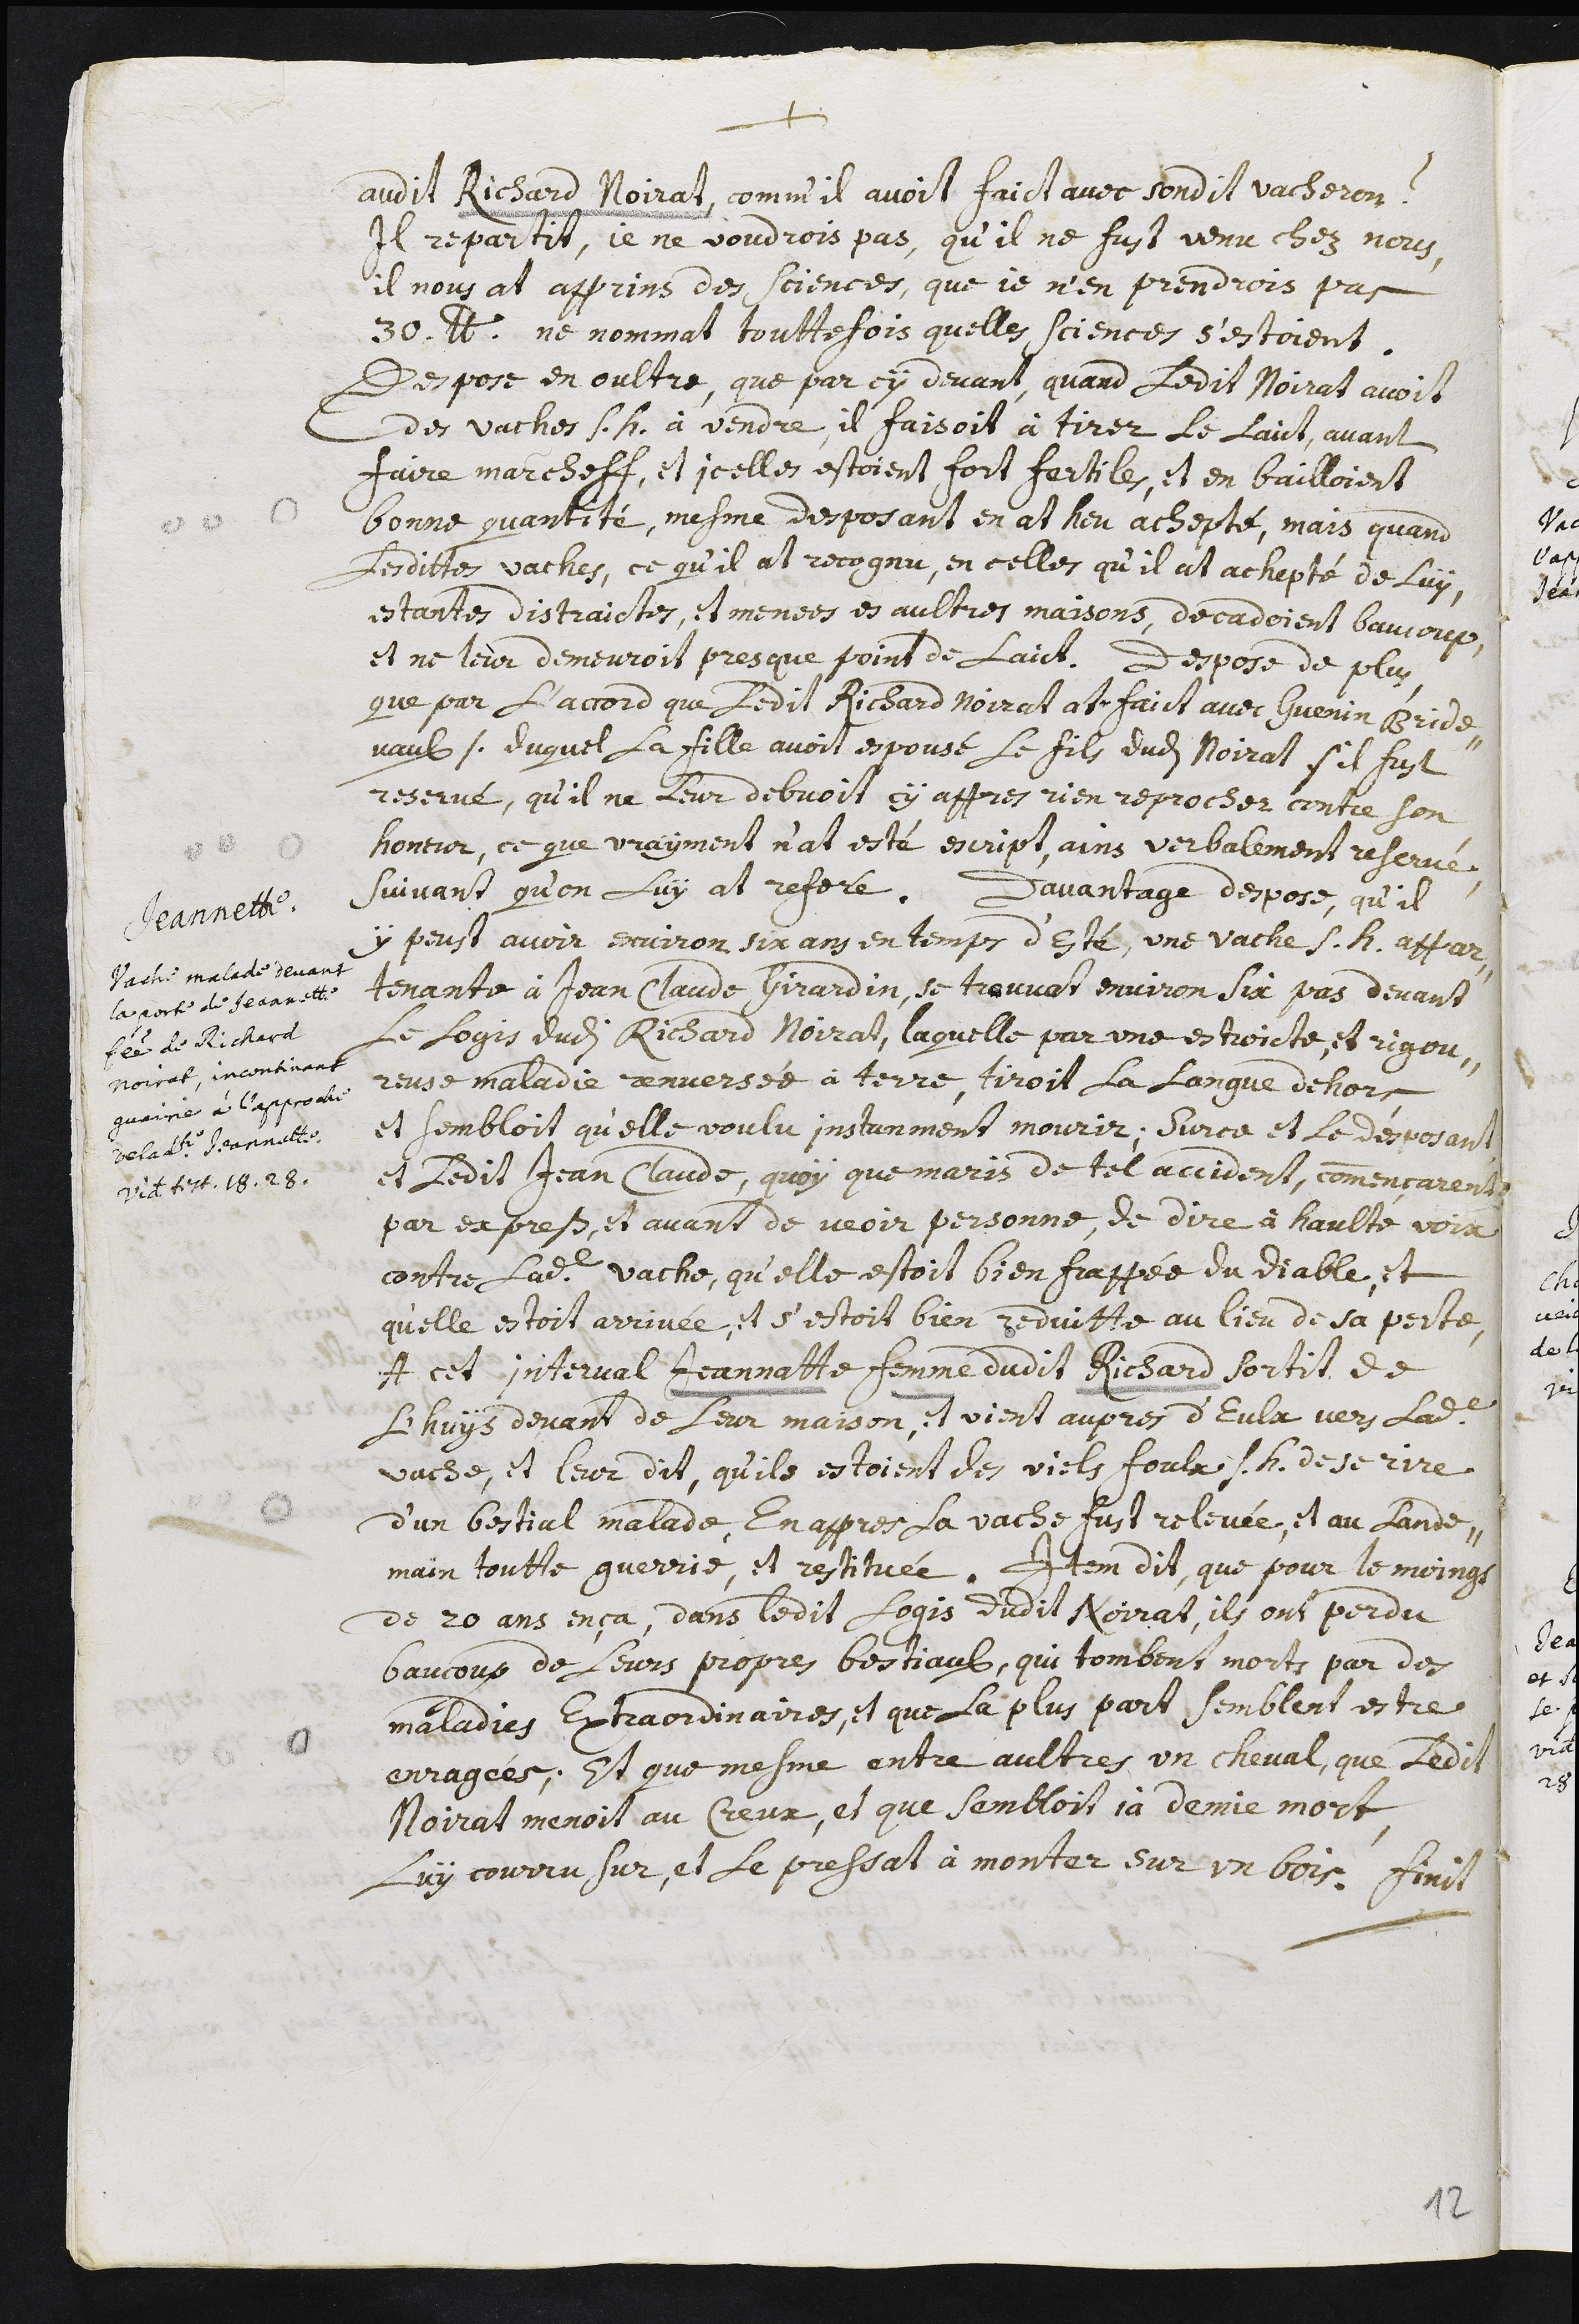
+
audit Richard Noirat, comm’il avoit faict avec sondit vacheron ?
il repartit, je ne voudrois pas, qu’il ne fust venu chez nous,
il nous at apprins des sciences, que je n’en prendrois pas
30 livres. ne nommat touttefois quelles sciences s’estoient.
Despose en oultre, que par cy devant, quand ledit Noirat avoit
des vaches s.h. à vendre, il faisoit à tirer le laict, avant
faire marcheff, et icelles estoient fort fertiles, et en bailloient
bonne quantité, mesme desposant en at heu achepté, mais quand
lesdittes vaches, ce qu’il at recognu, en celles qu’il at achepté de luy,
estantes distraictes, et menées es aultres maisons, decadoient beaucoup
et ne leur demeuroit presque point de laict. Despose de plus,
que par l’accord que ledit Richard Noirat at faict avec Guenin Bride-
vaulx /. duquel la fille avoit espousé le fils dudi Noirat ./ il fust
reservé, qu’il ne leur debvoit cy appres rien reprocher contre son
honeur, ce que vrayment n’at esté escript, ains verbalement reservé,
suivant qu’on luy at referé.
Jeannette
Vache malade devant
la porte de Jeannette
femme de Richard
Noirat, incontinant
gueirie à l’approche
de ladite Jeannette
Videte testimonia 18.28.
Davantage despose, qu'il
y peust avoir environ six ans en temps d’esté, une vache s.h. appar-
tenante à Jean Claude Girardin, se trouvat environ six pas devant
le logis dudi Richard Noirat, laquelle par une estroicte, et rigou-
reuse maladie renversée à terre, tiroit la langue dehors,
et sembloit qu’elle voulu instanment mourir ; sur ce et le desposant
et ledit Jean Claude, quoy que maris de tel accident, commençarent
par exprets, et avant de veoir personne, de dire à haulte voix
contre ladite vache, qu’elle estoit bien frappée du diable, et
qu’elle estoit arrivée, et s’estoit bien reduitte au lieu de sa perte.
A cet interval Jeannette femme dudit Richard sortit de
l’huys devant de leur maison, et vient aupres d’eulx vers ladite
vache, et leur dit, qu’ils estoient des viels foulx s.h. de se rire
d’un bestial malade. En appres la vache fust relevée, et au lande-
main toutte guerrie, et restituée. Item dit, que pour le moings
de 20 ans en ça, dans ledit logis dudit Noirat, ils ont perdu
baucoup de leurs propres bestiaulx, qui tombent morts par des
maladies extraorinaires, et que la plus part semblent estre
enragées, et que mesme entre aultres un cheval, que ledit
Noirat menoit au Creux, et que sembloit ja demie mort,
luy courru sur, et le pressat à monter sur un bois. Finit